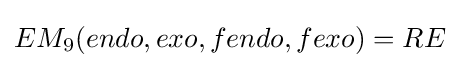
EM_{9}(endo,exo,fendo,fexo)=RE